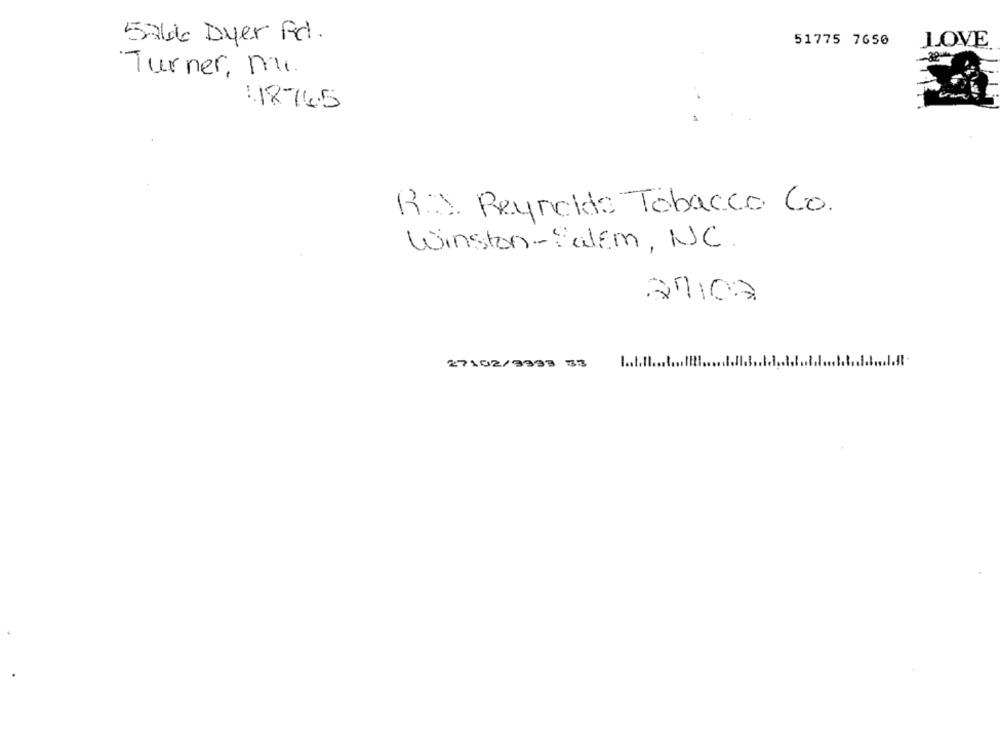
5766 Dyer Rd.
51775 7650
LOVE
Turner, Mi.
41876.5
R.J. Reynolds Tobacco Co.
Winston-Salem, NC.
27107
1 .1 . 11
27102/9923 33